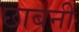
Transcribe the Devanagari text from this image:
छाबनी